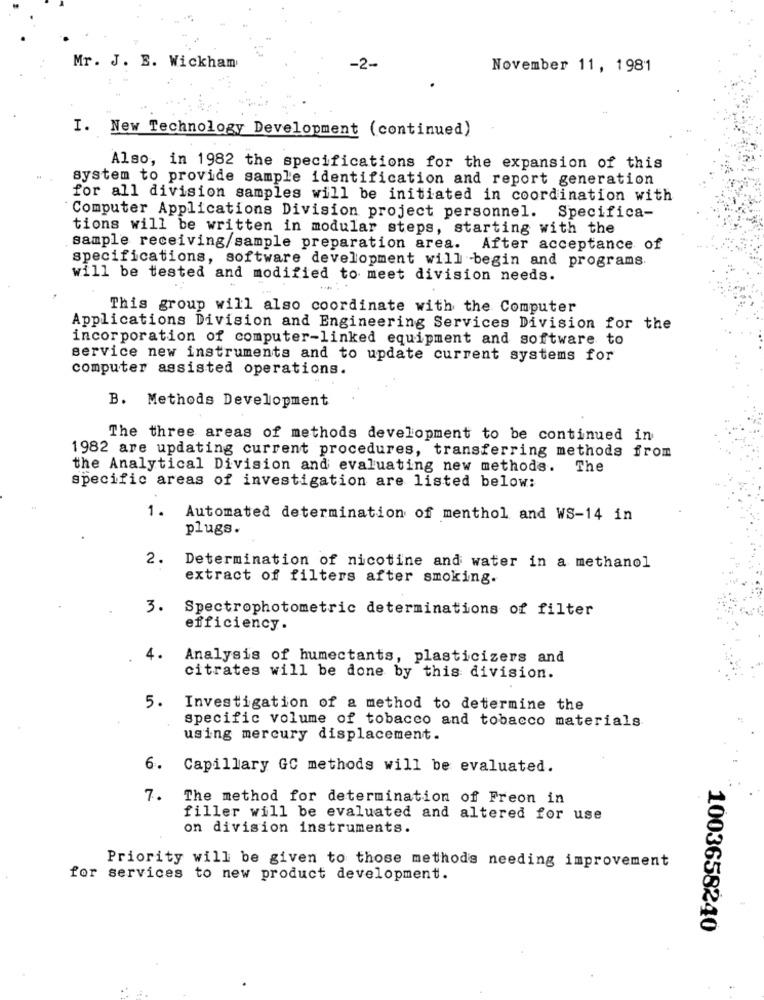
Mr. J. E. Wickham
-2-
November 11, 1981
I. New Technology Development (continued)
Also, in 1982 the specifications for the expansion of this
system to provide sample identification and report generation
for all division samples will be initiated in coordination with
Computer Applications Division project personnel. Specifica-
tions will be written in modular steps, starting with the
sample receiving/sample preparation area. After acceptance of
specifications, software development will begin and programs.
will be tested and modified to meet division needs.
This group will also coordinate with the Computer
Applications Division and Engineering Services Division for the
incorporation of computer-linked equipment and software to
service new instruments and to update current systems for
computer assisted operations.
B. Methods Development
The three areas of methods development to be continued in
1982 are updating current procedures, transferring methods from
the Analytical Division and evaluating new methods. The
specific areas of investigation are listed below:
1.
Automated determination of menthol and WS-14 in
plugs.
2.
Determination of nicotine and water in a methanol
extract of filters after smoking.
3.
Spectrophotometric determinations of filter
efficiency.
4.
Analysis of humectants, plasticizers and
citrates will be done by this division.
5. Investigation of a method to determine the
specific volume of tobacco and tobacco materials
using mercury displacement.
6.
Capillary GC methods will be evaluated.
7.
The method for determination of Freon in
filler will be evaluated and altered for use
on division instruments.
Priority will be given to those methods needing improvement
for services to new product development.
1003658240